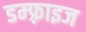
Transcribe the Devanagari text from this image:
डम्फ़्राइज